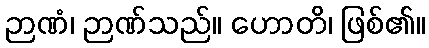
ဉာဏံ၊ ဉာဏ်သည်။ ဟောတိ၊ ဖြစ်၏။